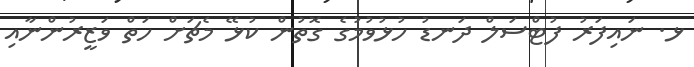
ޅ. ނައިފަރު ފުޓްސަލް ދަނޑު ހުޅުވުމުގެ ގޮތުން ކުޅޭ މެޗަށް ހަތް ވަޒީރުންނާއި